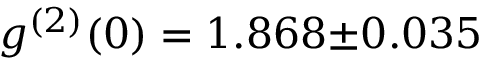
g ^ { ( 2 ) } ( 0 ) = 1 . 8 6 8 { \pm } 0 . 0 3 5